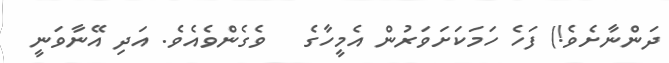
ދަންނާށެވެ!) ފަހެ ހަމަކަށަވަރުން އެމީހާގެ   ވެގެންވެއެވެ. އަދި އޭނާވަނީ